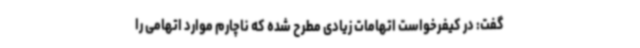
گفت: در کیفرخواست اتهامات زیادی مطرح شده که ناچارم موارد اتهامی را